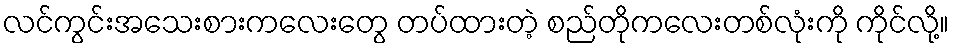
လင်ကွင်းအသေးစားကလေးတွေ တပ်ထားတဲ့ စည်တိုကလေးတစ်လုံးကို ကိုင်လို့။